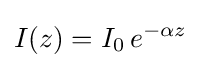
I(z)=I_{0}\,e^{-\alpha z}